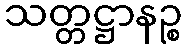
သတ္တဋ္ဌာနဉ္စ